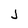
Character: J